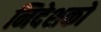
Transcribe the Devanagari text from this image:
निदेशको